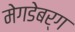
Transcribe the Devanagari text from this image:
मेगडेबर्ग